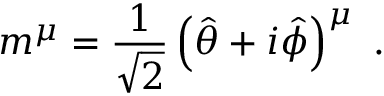
m ^ { \mu } = { \frac { 1 } { \sqrt { 2 } } } \left( { \hat { \theta } } + i { \hat { \phi } } \right) ^ { \mu } \ .